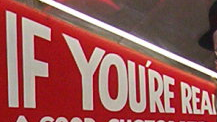
IF YOU'RE REAL